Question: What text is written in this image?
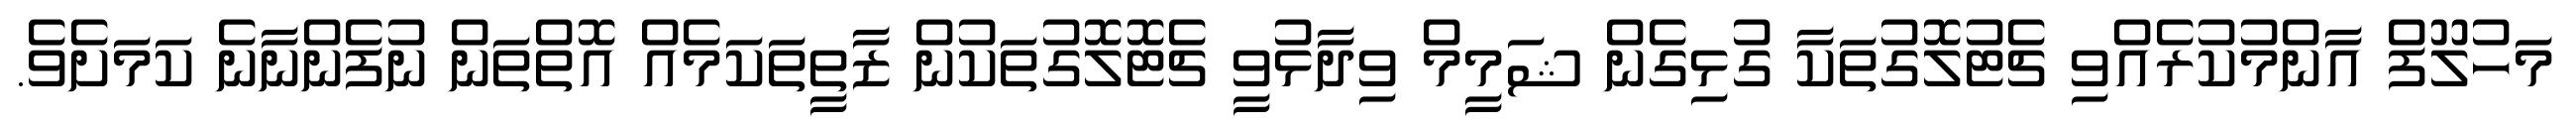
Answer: މަހުލޫފް އާންމުކުރެއްވި ޗެޓުލޮގުތަކާ ގުޅިގެން ޝަމީމް ވިދާޅުވީ ޗެޓޮލޮގުތަކުން ޒާތީތަކަމެއް އޮތްތަން ނުފެންނާނެ ކަމަށެވެ.